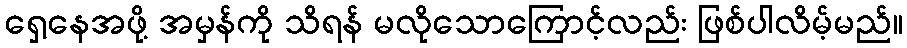
ရှေ့နေအဖို့ အမှန်ကို သိရန် မလိုသောကြောင့်လည်း ဖြစ်ပါလိမ့်မည်။